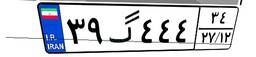
۳۹گ۴۴۴۳۴